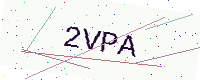
Text: 2VPA